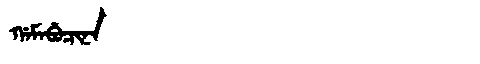
Manchu: ᡤᠠᠮᠠᠪᡠᠴᡳᠨᠠ
Romanization: GAMABUCINA